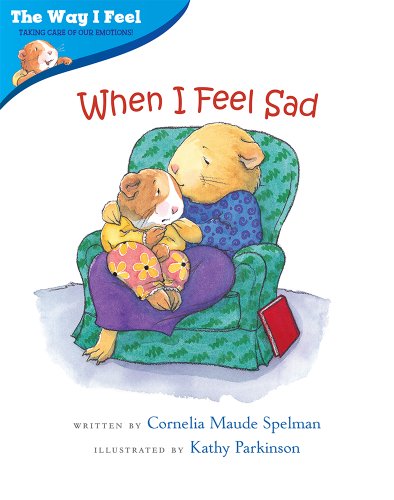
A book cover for When I Feel Sad (Way I Feel Books); Cornelia Maude Spelman; Children's Books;